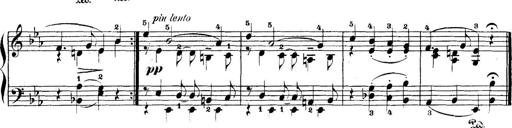
Title: 5 Sonatinas
Composer: Theodor Kirchner